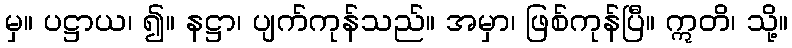
မှ။ ပဋ္ဌာယ၊ ၍။ နဋ္ဌာ၊ ပျက်ကုန်သည်။ အမှာ၊ ဖြစ်ကုန်ပြီ။ ဣတိ၊ သို့။